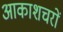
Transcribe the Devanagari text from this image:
आकाशचरों